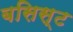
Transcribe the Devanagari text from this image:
बसिस्ट